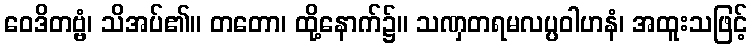
ဝေဒိတဗ္ဗံ၊ သိအပ်၏။ တတော၊ ထို့နောက်၌။ သဏှတရမလပ္ပဝါဟနံ၊ အထူးသဖြင့်